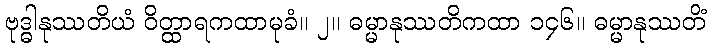
ဗုဒ္ဓါနုဿတိယံ ဝိတ္ထာရကထာမုခံ။ ၂။ ဓမ္မာနုဿတိကထာ ၁၄၆။ ဓမ္မာနုဿတိံ